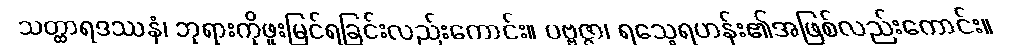
သတ္ထာရဒဿနံ၊ ဘုရားကိုဖူးမြင်ရခြင်းလည်းကောင်း။ ပဗ္ဗဇ္ဇာ၊ ရသေ့ရဟန်း၏အဖြစ်လည်းကောင်း။